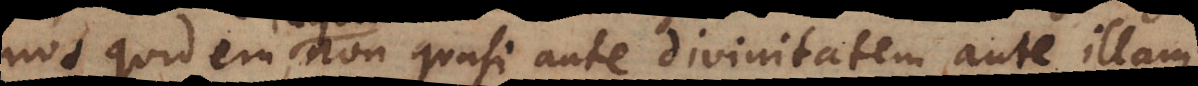
nos quidem, inquit non quasi ante divinitatem, ante illam